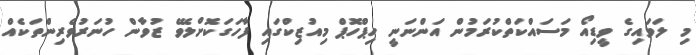
މި ލަވައިގެ ވީޑިއޯ މަސައްކަތްކުރަމުން އަންނަނީ ހިޕްހޮޕް މިއުޒިކްގައި ފާހަގަކޮށްލެވޭ ޒުވާން ހުނަރުވެރިންތަކެއް